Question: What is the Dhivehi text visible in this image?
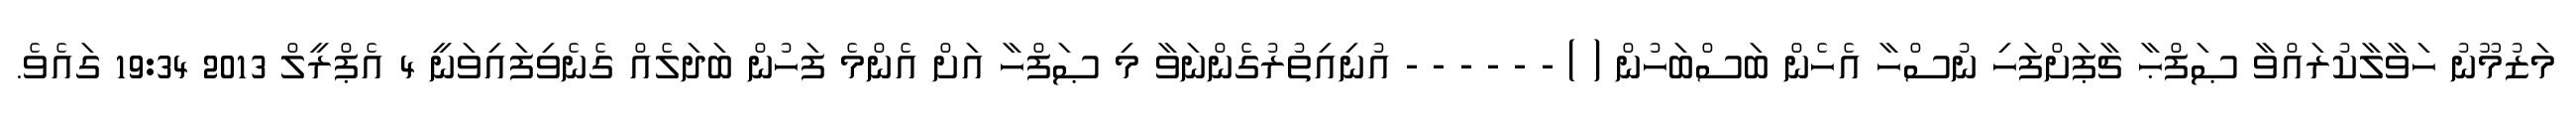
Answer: މަޒުމޫނު ހަވާލާކުރައްވާ ޞަފްޙާ ޗާޕަށްފަހި ނުސްހާ އެހެން ބަސްބަހުން ( ) - - - - - - އުނިއިތުރުގެންނަވާ މި ޞަފްހާ އަށް އެންމެ ފަހުން ބަދަލެއް ގެނެވިފައިވަނީ 4 އެޕްރީލް 2013 19:34 ގައެވެ.